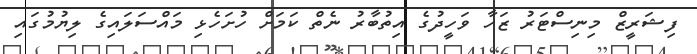
ފިޝަރީޒް މިނިސްޓަރު ޒަހާ ވަހީދުގެ އިތުބާރު ނެތް ކަމަށް ހުށަހެޅި މައްސަލައިގެ ލިޔުމުގައި